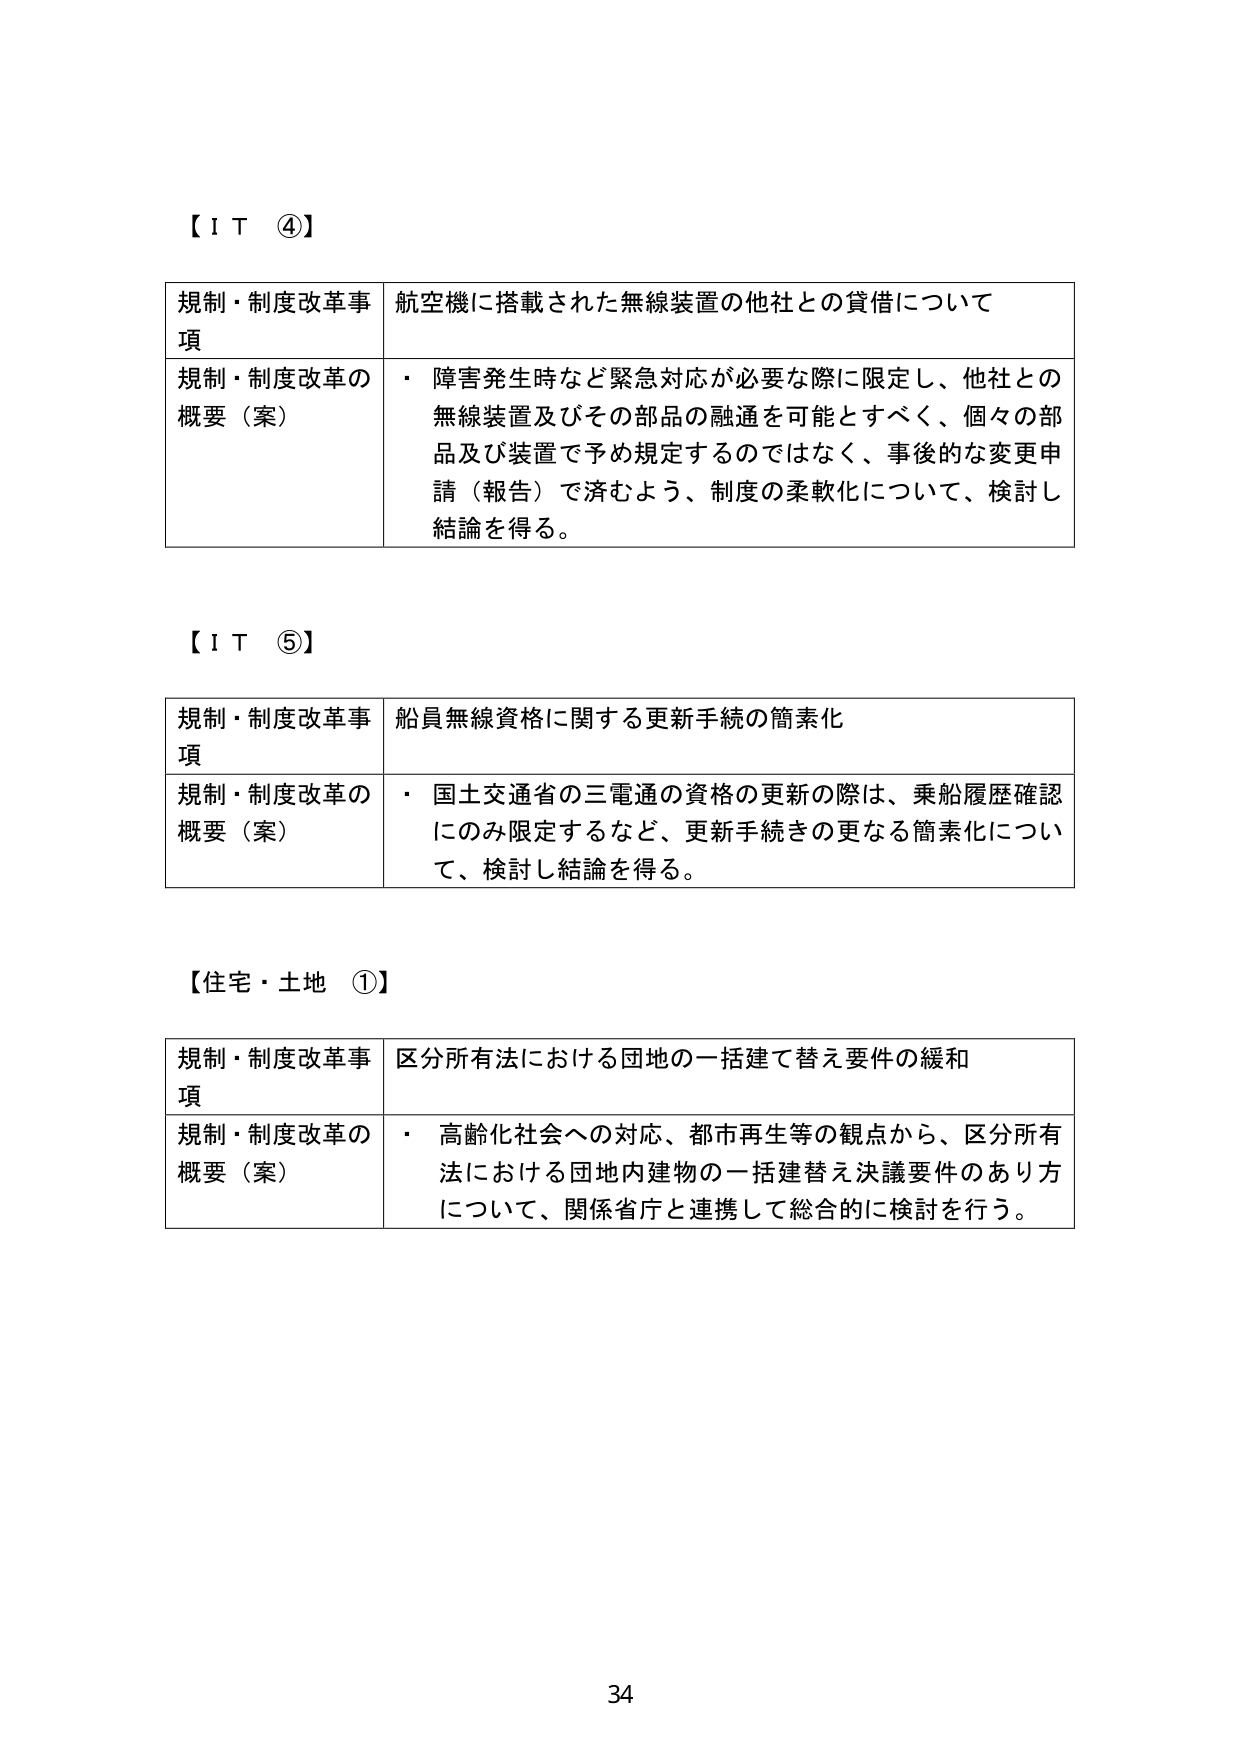
【ＩＴ ④】

規制・制度改革事項　航空機に搭載された無線装置の他社との貸借について

規制・制度改革の概要（案）　・ 障害発生時など緊急対応が必要な際に限定し、他社との無線装置及びその部品の融通を可能とすべく、個々の部品及び装置で予め規定するのではなく、事後的な変更申請（報告）で済むよう、制度の柔軟化について、検討し結論を得る。

【ＩＴ ⑤】

規制・制度改革事項　船員無線資格に関する更新手続の簡素化

規制・制度改革の概要（案）　・ 国土交通省の三電通の資格の更新の際は、乗船履歴確認にのみ限定するなど、更新手続きの更なる簡素化について、検討し結論を得る。

【住宅・土地 ①】

規制・制度改革事項　区分所有法における団地の一括建て替え要件の緩和

規制・制度改革の概要（案）　・ 高齢化社会への対応、都市再生等の観点から、区分所有法における団地内建物の一括建替え決議要件のあり方について、関係省庁と連携して総合的に検討を行う。

34